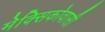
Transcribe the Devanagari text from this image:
मेक्सिकोवासी